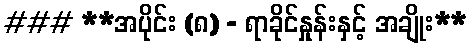
### **အပိုင်း (၈) - ရာခိုင်နှုန်းနှင့် အချိုး**